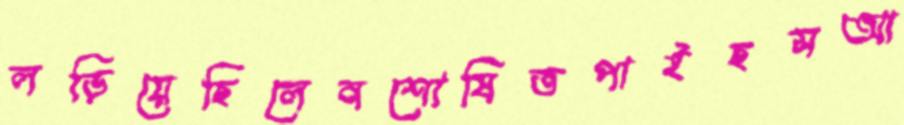
লড়িয়েছিলেনশোষিতপাইছসআ